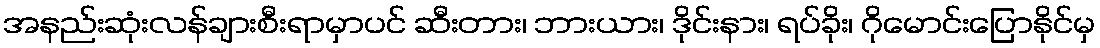
အနည်းဆုံးလန်ချားစီးရာမှာပင် ဆီးတား၊ ဘားယား၊ ဒိုင်းနား၊ ရပ်ခိုး၊ ဂိုမောင်းပြောနိုင်မှ